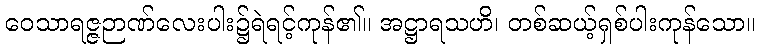
ဝေသာရဇ္ဇဉာဏ်လေးပါး၌ရဲရင့်ကုန်၏။ အဋ္ဌာရသဟိ၊ တစ်ဆယ့်ရှစ်ပါးကုန်သော။